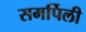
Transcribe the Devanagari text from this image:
समर्पिली